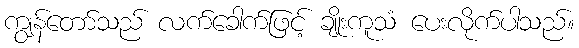
ကျွန်တော်သည် လက်ခေါက်ဖြင့် ချိုးကူသံ ပေးလိုက်ပါသည်။